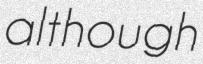
although